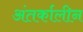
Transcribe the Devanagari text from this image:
अंतर्कालीन